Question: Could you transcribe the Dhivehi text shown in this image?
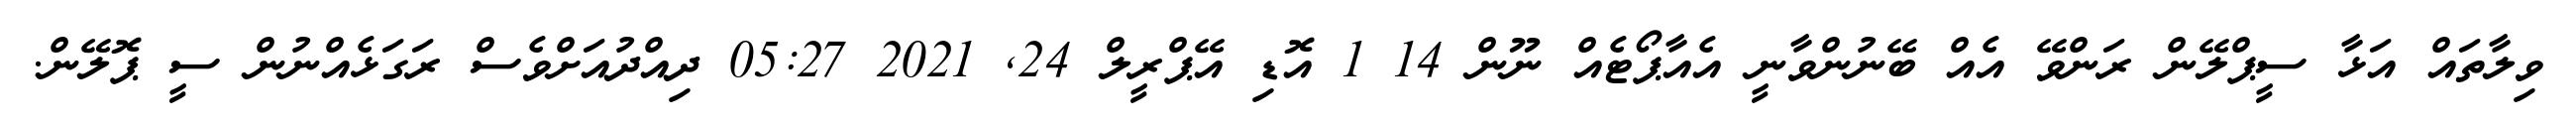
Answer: ވިލާތައް އަޅާ ސީޕްލޭން ރަންވޭ އެއް ބޭނުންވާނީ އެއާޕޯޓެއް ނޫން 14 1 އޮޑި އޭޕްރީލް 24, 2021 05:27 ދިއްދުއަށްވެސް ރަގަޅެއްނުން ސީ ޕޮލޭން.